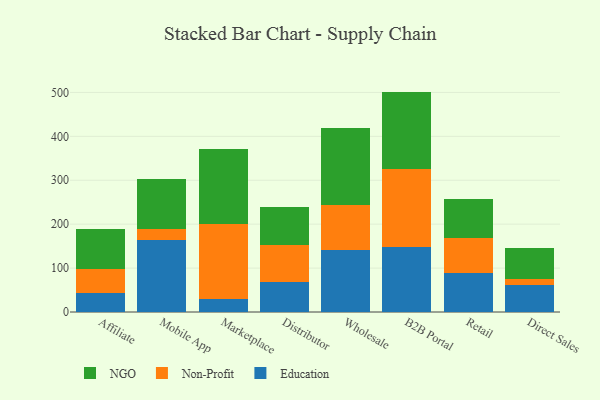
{"axis": {"x": "Channel", "y": "Gross Profit (USD K)"}, "legend": ["Education", "NGO", "Non-Profit"], "data": [{"x": "Affiliate", "y": 42.2, "type": "Education"}, {"x": "Affiliate", "y": 56.6, "type": "Non-Profit"}, {"x": "Affiliate", "y": 89.5, "type": "NGO"}, {"x": "Mobile App", "y": 163.0, "type": "Education"}, {"x": "Mobile App", "y": 25.8, "type": "Non-Profit"}, {"x": "Mobile App", "y": 114.3, "type": "NGO"}, {"x": "Marketplace", "y": 29.3, "type": "Education"}, {"x": "Marketplace", "y": 172.0, "type": "Non-Profit"}, {"x": "Marketplace", "y": 170.6, "type": "NGO"}, {"x": "Distributor", "y": 68.2, "type": "Education"}, {"x": "Distributor", "y": 84.7, "type": "Non-Profit"}, {"x": "Distributor", "y": 86.7, "type": "NGO"}, {"x": "Wholesale", "y": 142.1, "type": "Education"}, {"x": "Wholesale", "y": 100.5, "type": "Non-Profit"}, {"x": "Wholesale", "y": 176.9, "type": "NGO"}, {"x": "B2B Portal", "y": 147.5, "type": "Education"}, {"x": "B2B Portal", "y": 178.2, "type": "Non-Profit"}, {"x": "B2B Portal", "y": 176.2, "type": "NGO"}, {"x": "Retail", "y": 88.5, "type": "Education"}, {"x": "Retail", "y": 79.6, "type": "Non-Profit"}, {"x": "Retail", "y": 89.5, "type": "NGO"}, {"x": "Direct Sales", "y": 60.8, "type": "Education"}, {"x": "Direct Sales", "y": 14.9, "type": "Non-Profit"}, {"x": "Direct Sales", "y": 69.3, "type": "NGO"}]}